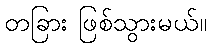
တခြား ဖြစ်သွားမယ်။